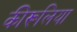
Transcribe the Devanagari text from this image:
कीरूलिया